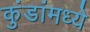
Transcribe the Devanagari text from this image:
कुंडांमध्ये